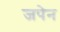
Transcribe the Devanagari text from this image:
जपेन